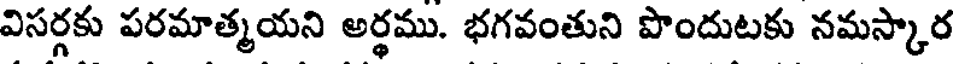
విసర్గకు పరమాత్మయని అర్థము. భగవంతుని పొందుటకు నమస్కార